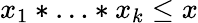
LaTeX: x_{1}*\ldots*x_{k}\leq x